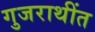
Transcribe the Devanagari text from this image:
गुजराथींत